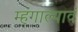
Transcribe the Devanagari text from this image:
म्हंगाल्यावं